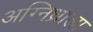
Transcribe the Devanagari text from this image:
अग्निध्राला